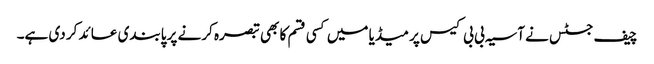
چیف جسٹس نے آسیہ بی بی کیس پر میڈیا میں کسی قسم کا بھی تبصرہ کرنے پر پابندی عائد کر دی ہے۔